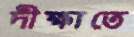
দীক্ষাতে